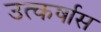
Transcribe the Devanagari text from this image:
उत्कर्षास